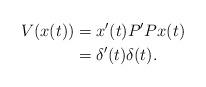
LaTeX: \begin{align*} V(x(t))&= x'(t)P' P x(t)\\ &= \delta'(t) \delta(t).\end{align*}